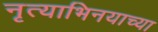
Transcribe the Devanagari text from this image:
नृत्याभिनयाच्या